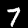
Digit: 7